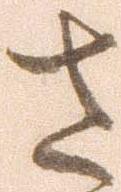
さ